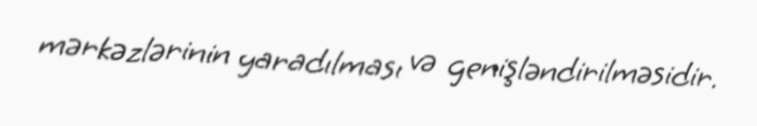
mərkəzlərinin yaradılması və genişləndirilməsidir.